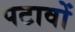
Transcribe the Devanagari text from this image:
पटावों